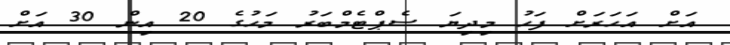
އަށް އަހަރަށް ފަހު މިދިޔަ ސެޕްޓެމްބަރު މަހުގެ 20 އިން 30 އަށް